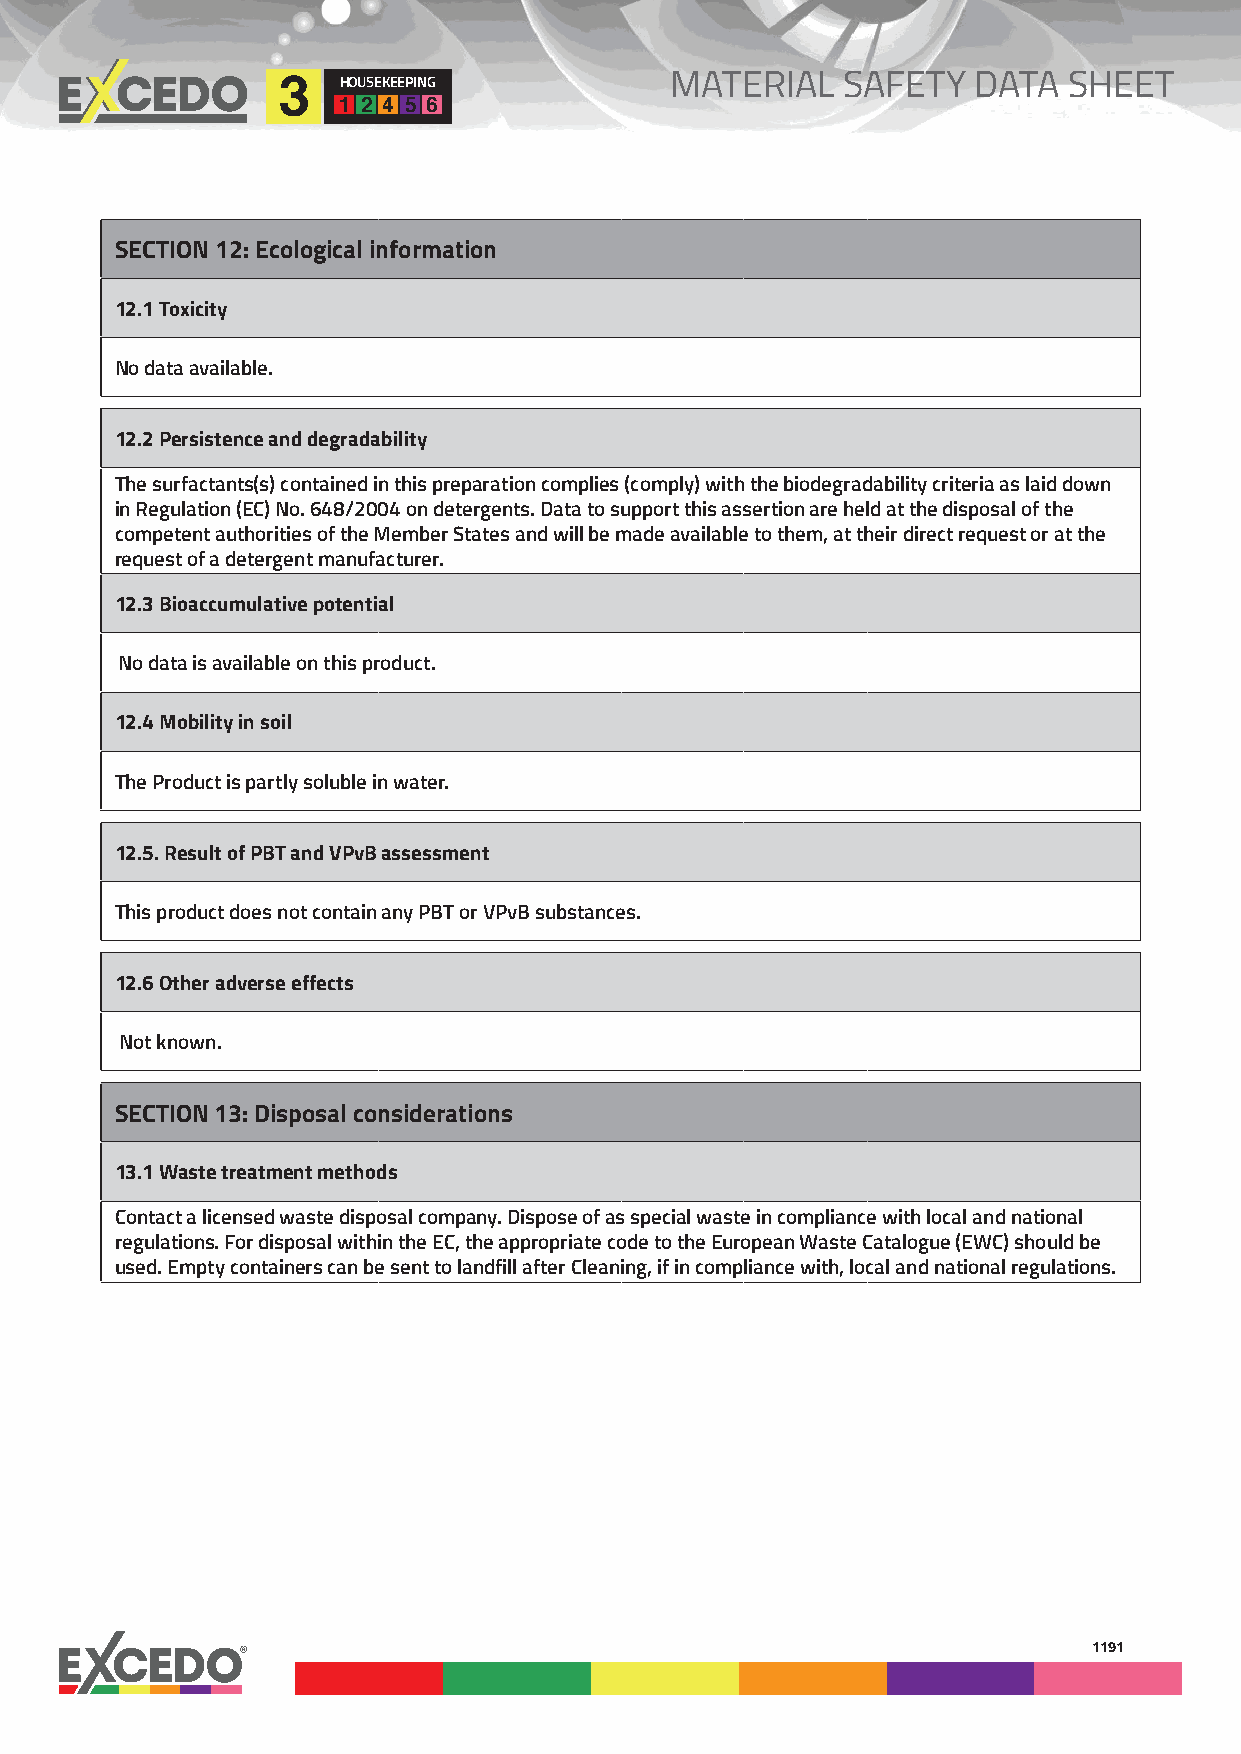
MATERIAL    SAFETY  DATA   SHEET
 HOUSEKEEPING
 3
 1 2 4 5 6
 SECTION 12: Ecological information
 12.1 Toxicity
 No data available.
 12.2 Persistence and degradability
 The surfactants(s) contained in this preparation complies (comply) with the biodegradability criteria as laid down
 in Regulation (EC) No. 648/2004 on detergents. Data to support this assertion are held at the disposal of the
 competent authorities of the Member States and will be made available to them, at their direct request or at the
 request of a detergent manufacturer.
 12.3 Bioaccumulative potential
 No data is available on this product.
 12.4 Mobility in soil
 The Product is partly soluble in water.
 12.5. Result of PBT and VPvB assessment
 This product does not contain any PBT or VPvB substances.
 12.6 Other adverse effects
 Not known.
 SECTION 13: Disposal considerations
 13.1 Waste treatment methods
 Contact a licensed waste disposal company. Dispose of as special waste in compliance with local and national
 regulations. For disposal within the EC, the appropriate code to the European Waste Catalogue (EWC) should be
 used. Empty containers can be sent to landfill after Cleaning, if in compliance with, local and national regulations.
 1191